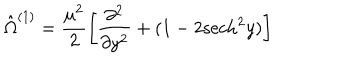
\hat { \Omega } ^ { ( 1 ) } = \frac { \mu ^ { 2 } } { 2 } \left[ \frac { \partial ^ { 2 } } { \partial y ^ { 2 } } + ( 1 - 2 \mathrm { s e c h } ^ { 2 } y ) \right]